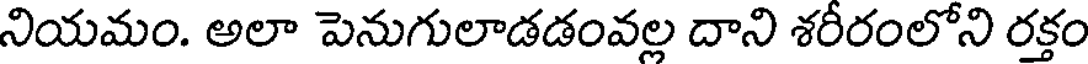
నియమం. అలా పెనుగులాడడంవల్ల దాని శరీరంలోని రక్తం